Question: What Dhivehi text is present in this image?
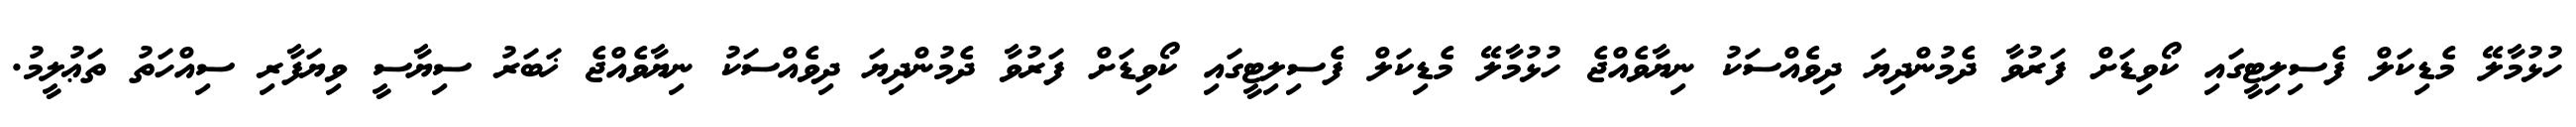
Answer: ހުޅުމާލޭ މެޑިކަލް ފެސިލިޓީގައި ކޯވިޑަށް ފަރުވާ ދެމުންދިޔަ ދިވެއްސަކު ނިޔާވެއްޖެ ހުޅުމާލޭ މެޑިކަލް ފެސިލިޓީގައި ކޯވިޑަށް ފަރުވާ ދެމުންދިޔަ ދިވެއްސަކު ނިޔާވެއްޖެ ޚަބަރު ސިޔާސީ ވިޔަފާރި ސިއްހަތު ތަޢުލީމު.